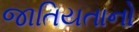
જાતિયતાનો